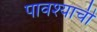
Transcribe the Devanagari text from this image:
पावश्याची